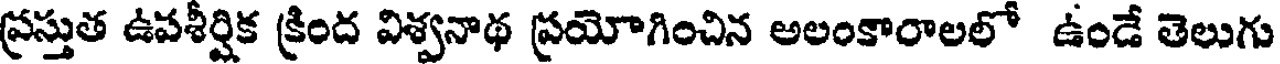
ప్రస్తుత ఉపశీర్షిక క్రింద విశ్వనాథ ప్రయోగించిన అలంకారాలలో ఉండే తెలుగు